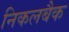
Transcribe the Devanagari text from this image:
निकलबैक